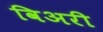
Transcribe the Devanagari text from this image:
विअरी